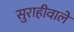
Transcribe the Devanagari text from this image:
सुराहीवाले